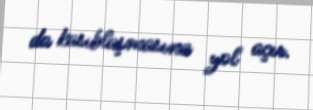
da kasıblaşmasına yol açır.